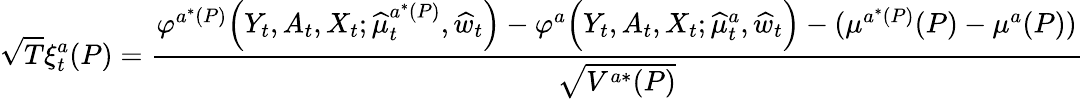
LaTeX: \sqrt{T}\xi_{t}^{a}(P)=\frac{\varphi^{a^{*}(P)}\Big(Y_{t},A_{t},X_{t};\widehat{\mu}_{t}^{a^{*}(P)},\widehat{w}_{t}\Big)-\varphi^{a}\Big(Y_{t},A_{t},X_{t};\widehat{\mu}_{t}^{a},\widehat{w}_{t}\Big)-(\mu^{a^{*}(P)}(P)-\mu^{a}(P))}{\sqrt{V^{a*}(P)}}